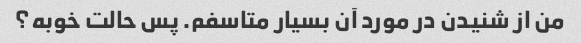
من از شنیدن در مورد آن بسیار متاسفم. پس حالت خوبه؟